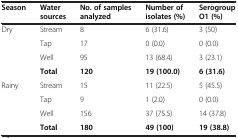
<table><thead><tr><td><b>Season</b></td><td><b>Water</b></td><td><b>No. of samples</b></td><td><b>Number of</b></td><td><b>Serogroup</b></td></tr><tr><td><b> </b></td><td><b>sources</b></td><td><b>analyzed</b></td><td><b>isolates (%)</b></td><td><b>O1 (%)</b></td></tr></thead><tbody><tr><td rowspan="4">Dry</td><td>Stream</td><td>8</td><td>6 (31.6)</td><td>3 (50)</td></tr><tr><td>Tap</td><td>17</td><td>0 (0.0)</td><td>0 (0.0)</td></tr><tr><td>Well</td><td>95</td><td>13 (68.4)</td><td>3 (23.1)</td></tr><tr><td><b>Total</b></td><td><b>120</b></td><td><b>19 (100.0)</b></td><td><b>6 (31.6)</b></td></tr><tr><td rowspan="4">Rainy</td><td>Stream</td><td>15</td><td>11 (22.5)</td><td>5 (45.5)</td></tr><tr><td>Tap</td><td>9</td><td>1 (2.0)</td><td>0 (0.0)</td></tr><tr><td>Well</td><td>156</td><td>37 (75.5)</td><td>14 (37.8)</td></tr><tr><td><b>Total</b></td><td><b>180</b></td><td><b>49 (100)</b></td><td><b>19 (38.8)</b></td></tr></tbody></table>